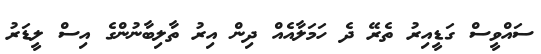
ސައްވީސް ގަޑީއިރު ތެރޭ ދެ ހަމަލާއެއް ދިން އިރު ތާލިބާނުންގެ އިސް ލީޑަރު